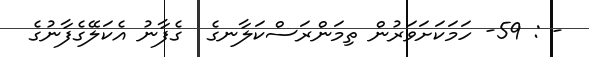
- : 59- ހަމަކަށަވަރުން ތިމަންރަސްކަލާނގެ  ގެފާނު އެކަލޭގެފާނުގެ